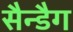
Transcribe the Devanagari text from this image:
सैन्डैग